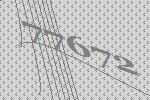
77672